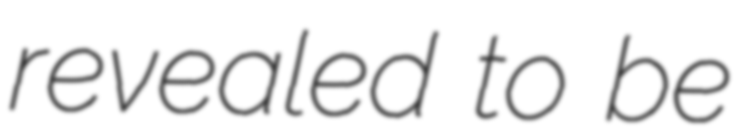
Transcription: revealed to be